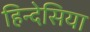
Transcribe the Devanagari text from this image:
हिन्देसिया